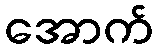
အောက်